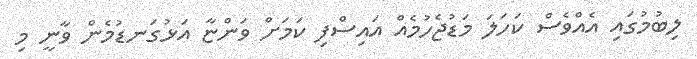
ލިބުމުގައި އެއްވެސް ކަހަލަ މަޑުޖެހުމެއް އައިސްފި ކަމަށް ވަންޏާ އަޅުގަނޑުމެން ވާނީ މި